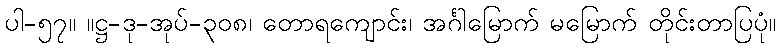
ပါ-၅၇။ ။ဋ္ဌ-ဒု-အုပ်-၃၀၈၊ တောရကျောင်း၊ အင်္ဂါမြောက် မမြောက် တိုင်းတာပြပုံ။